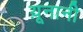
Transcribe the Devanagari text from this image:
य़ूनानी